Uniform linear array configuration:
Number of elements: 64
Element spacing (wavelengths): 0.75
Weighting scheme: exponential
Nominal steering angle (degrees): -60
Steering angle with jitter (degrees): -59.844
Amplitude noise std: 0.05
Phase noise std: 0.05

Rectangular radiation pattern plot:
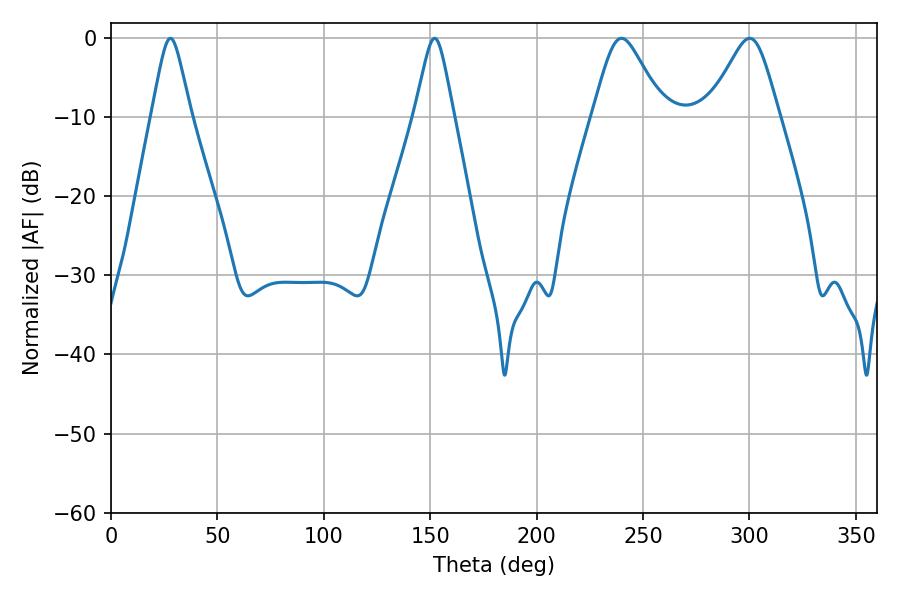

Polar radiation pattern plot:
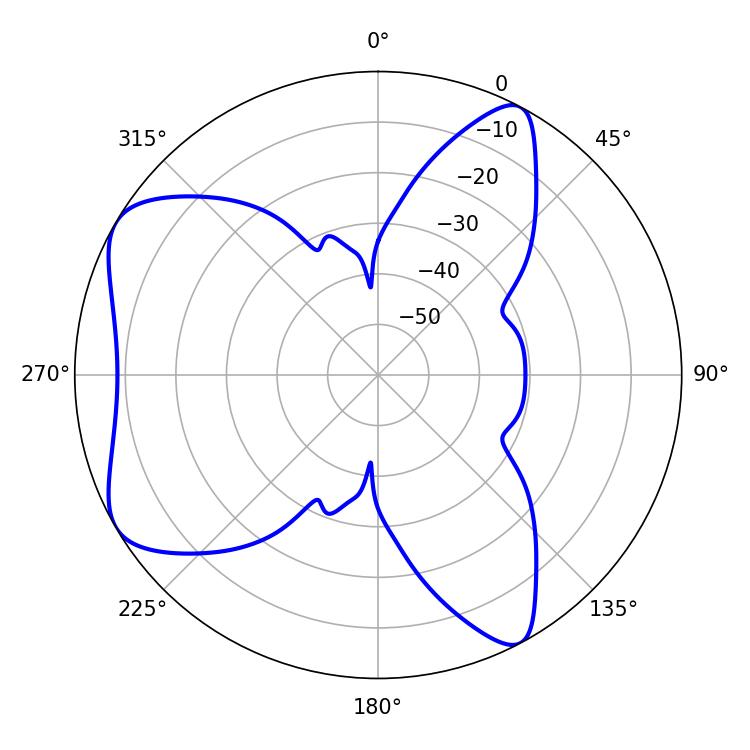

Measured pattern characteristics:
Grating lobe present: TRUE
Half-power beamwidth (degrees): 8.82
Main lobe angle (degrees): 27.9